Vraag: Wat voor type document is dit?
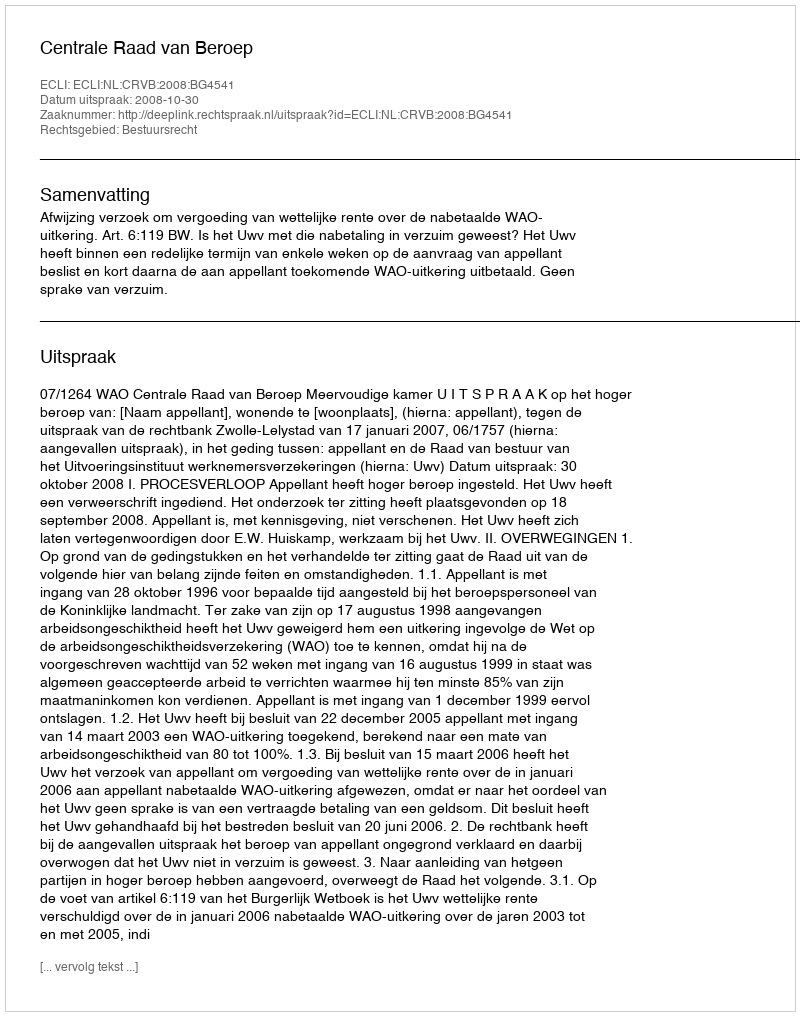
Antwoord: Uitspraak